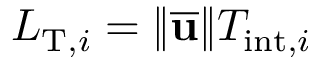
L _ { \mathrm { T } , i } = \Vert \overline { { \mathbf { u } } } \Vert T _ { \mathrm { i n t } , i }